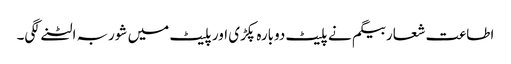
اطاعت شعار بیگم نے پلیٹ دوبارہ پکڑی اور پلیٹ میں شوربہ الٹنے لگی۔